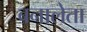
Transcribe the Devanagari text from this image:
बनालेता